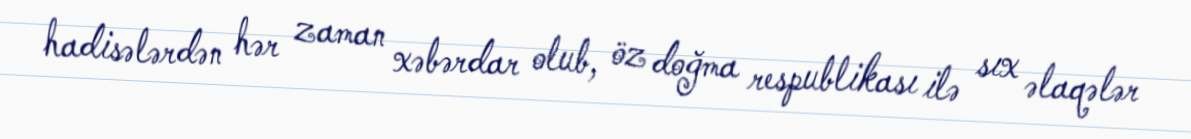
hadisələrdən hər zaman xəbərdar olub, öz doğma respublikası ilə sıx əlaqələr